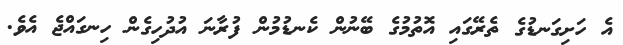
އެ ހަށިގަނޑުގެ ތެރޭގައި އޮތުމުގެ ބޭނުން ކެނޑުމުން ފުރާނަ އުދުހިގެން ހިނގައްޖެ އެވެ.